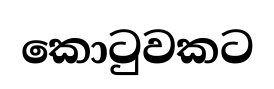
කොටුවකට